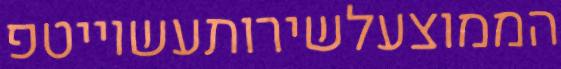
הממוצעלשירותעשוייטפ